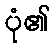
ပုံ၏